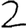
Digit: 2